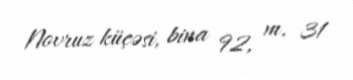
Novruz küçəsi, bina 92, m. 31